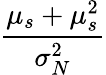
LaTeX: \frac{\mu_{s}+\mu_{s}^{2}}{\sigma_{N}^{2}}